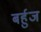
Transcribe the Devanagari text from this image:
बर्हुज